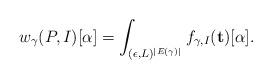
LaTeX: \begin{align*} w_\gamma(P, I)[\alpha] = \int_{(\epsilon, L)^{|E(\gamma)|}} f_{\gamma, I}(\mathbf{t})[\alpha].\end{align*}